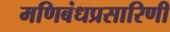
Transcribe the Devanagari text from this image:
मणिबंधप्रसारिणी